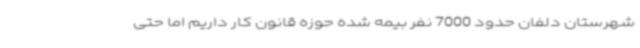
شهرستان دلفان حدود 7000 نفر بیمه شده حوزه قانون کار داریم اما حتی